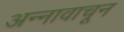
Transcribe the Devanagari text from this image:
अन्नावाचून